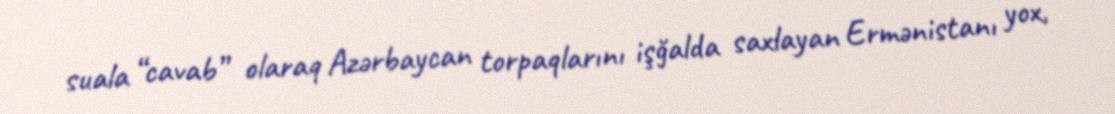
suala “cavab” olaraq Azərbaycan torpaqlarını işğalda saxlayan Ermənistanı yox,